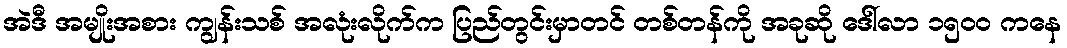
အဲဒီ အမျိုးအစား ကျွန်းသစ် အလုံးလိုက်က ပြည်တွင်းမှာတင် တစ်တန်ကို အခုဆို ဒေါ်လာ ၁၅၀၀ ကနေ